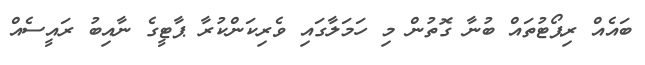
ބައެއް ރިޕޯޓުތައް ބުނާ ގޮތުން މި ހަމަލާގައި ވެރިކަންކުރާ ޕާޓީގެ ނާއިބު ރައީސެއް